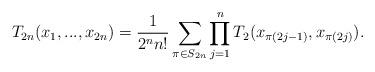
LaTeX: \begin{align*}T_{2n}(x_1,...,x_{2n})=\frac{1}{2^n n!}\sum_{\pi\in S_{2n}} \prod_{j=1}^n T_2(x_{\pi(2j-1)}, x_{\pi(2j)}).\end{align*}